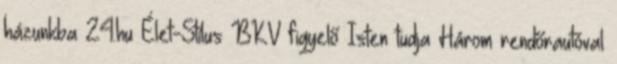
házunkba 24.hu Élet-Stílus BKV figyelő Isten tudja Három rendőrautóval